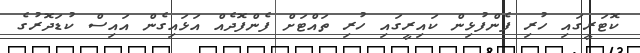
ކޮޓަރީގައި ހުރި ފެންފުޅިން ކައިރީގައި ހުރި ތައްޓަށް ފެންފޮދެއް އަޅައިގެން އައިސް ކުޑަދޮރުގެ